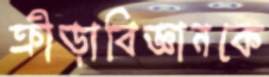
ক্রীড়াবিজ্ঞানকে